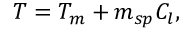
T = T _ { m } + m _ { s p } C _ { l } ,